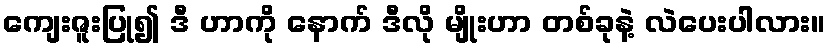
ကျေးဇူးပြု၍ ဒီ ဟာကို နောက် ဒီလို မျိုးဟာ တစ်ခုနဲ့ လဲပေးပါလား။